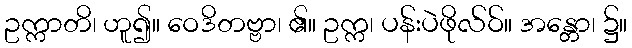
ဥက္ကာတိ၊ ဟူ၍။ ဝေဒိတဗ္ဗာ၊ ၏။ ဥက္က၊ ပန်းပဲဖိုလ်ဝ်။ အန္တော၊ ၌။